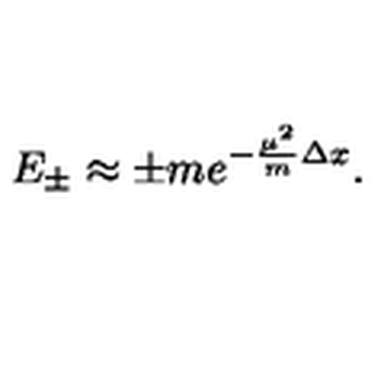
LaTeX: E _ { \pm } \approx \pm m e ^ { - \frac { \mu ^ { 2 } } { m } \Delta x } .